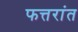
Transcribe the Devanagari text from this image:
फत्तरांत